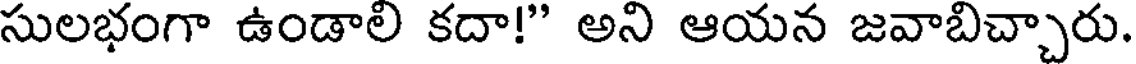
సులభంగా ఉండాలి కదా!" అని ఆయన జవాబిచ్చారు.